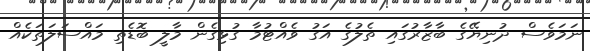
ނަމަވެސް ދުނިޔޭގެ ބާޒާރުގައި ތެލުގެ އަގު ވެއްޓުމާ ގުޅިގެން މާލީ ބޮޑެތި މައްސަލަތަކެއް